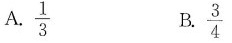
$$\frac{1}{3}$$ $$\frac{3}{4}$$